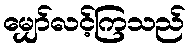
မျှော်လင့်ကြသည်